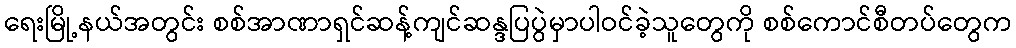
ရေးမြို့နယ်အတွင်း စစ်အာဏာရှင်ဆန့်ကျင်ဆန္ဒပြပွဲမှာပါဝင်ခဲ့သူတွေကို စစ်ကောင်စီတပ်တွေက